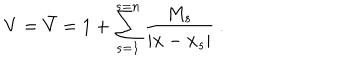
LaTeX: V = \bar { V } = 1 + \sum _ { s = 1 } ^ { s = n } \frac { M _ { s } } { | { \bf x } - { \bf x } _ { s } | } \ .